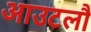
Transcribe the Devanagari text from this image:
आउटलौ